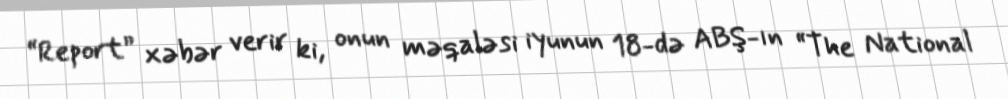
“Report” xəbər verir ki, onun məqaləsi iyunun 18-də ABŞ-ın “The National